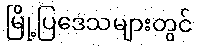
မြို့ပြဒေသများတွင်